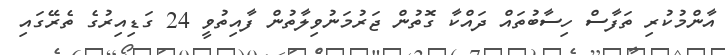
އާންމުކުރި ތަފާސް ހިސާބުތައް ދައްކާ ގޮތުން ޖަރުމަނުވިލާތުން ފާއިތުވީ 24 ގަޑިއިރުގެ ތެރޭގައި